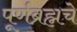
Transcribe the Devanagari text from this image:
पूर्णब्रह्मचे